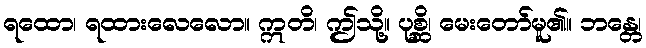
ရထော၊ ရထားလေလော။ ဣတိ၊ ဤသို့။ ပုစ္ဆိ၊ မေးတော်မူ၏။ ဘန္တေ၊